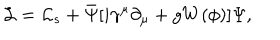
{ \cal L } = { \cal L } _ { s } + \bar { \Psi } [ i \gamma ^ { \mu } \partial _ { \mu } + g W ( \phi ) ] \Psi ,